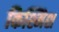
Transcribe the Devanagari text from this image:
किश्मिश